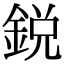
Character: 鋭